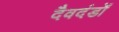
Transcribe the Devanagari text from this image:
दैवदंडों